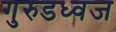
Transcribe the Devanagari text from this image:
गुरुडध्वज